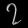
Digit: ၇